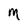
Character: M